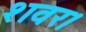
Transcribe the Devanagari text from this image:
शवर।